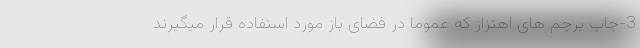
3-چاپ پرچم های اهتزاز که عموما در فضای باز مورد استفاده قرار میگیرند